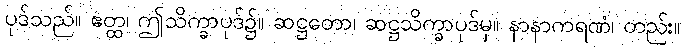
ပုဒ်သည်။ ဧတ္ထ၊ ဤသိက္ခာပုဒ်၌။ ဆဋ္ဌတော၊ ဆဋ္ဌသိက္ခာပုဒ်မှ။ နာနာကရဏံ၊ တည်း။